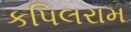
કપિલરામ